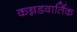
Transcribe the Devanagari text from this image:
कन्नडवार्तिक